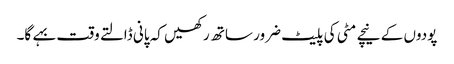
پودوں کے نیچے مٹی کی پلیٹ ضرور ساتھ رکھیں کہ پانی ڈالتے وقت بہے گا۔